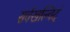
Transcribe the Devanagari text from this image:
सर्वखल्विदं